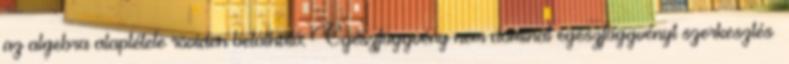
az algebra alaptétele röviden belátható. Egészfüggvény nem dominál egészfüggvényt szerkesztés